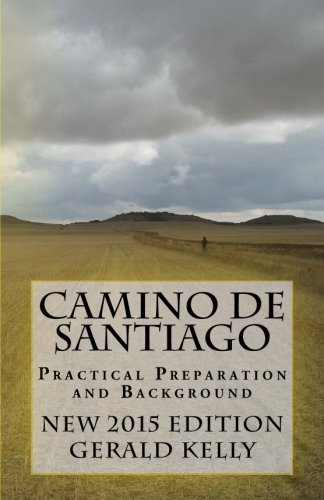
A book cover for Camino de Santiago - Practical Preparation and Background; Mr Gerald Kelly; Travel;